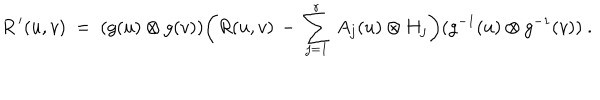
R ^ { \, \prime } ( u , v ) ~ = ~ ( g ( u ) \otimes g ( v ) ) \biggl ( R ( u , v ) \, - \, \sum _ { j = 1 } ^ { r } \, A _ { j } ( u ) \otimes H _ { j } \biggr ) ( g ^ { - 1 } ( u ) \otimes g ^ { - 1 } ( v ) ) ~ .